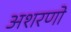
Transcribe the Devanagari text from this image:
अशरणो